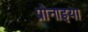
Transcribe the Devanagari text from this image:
प्रोनाइया